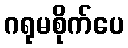
ဂရုမစိုက်ပေ